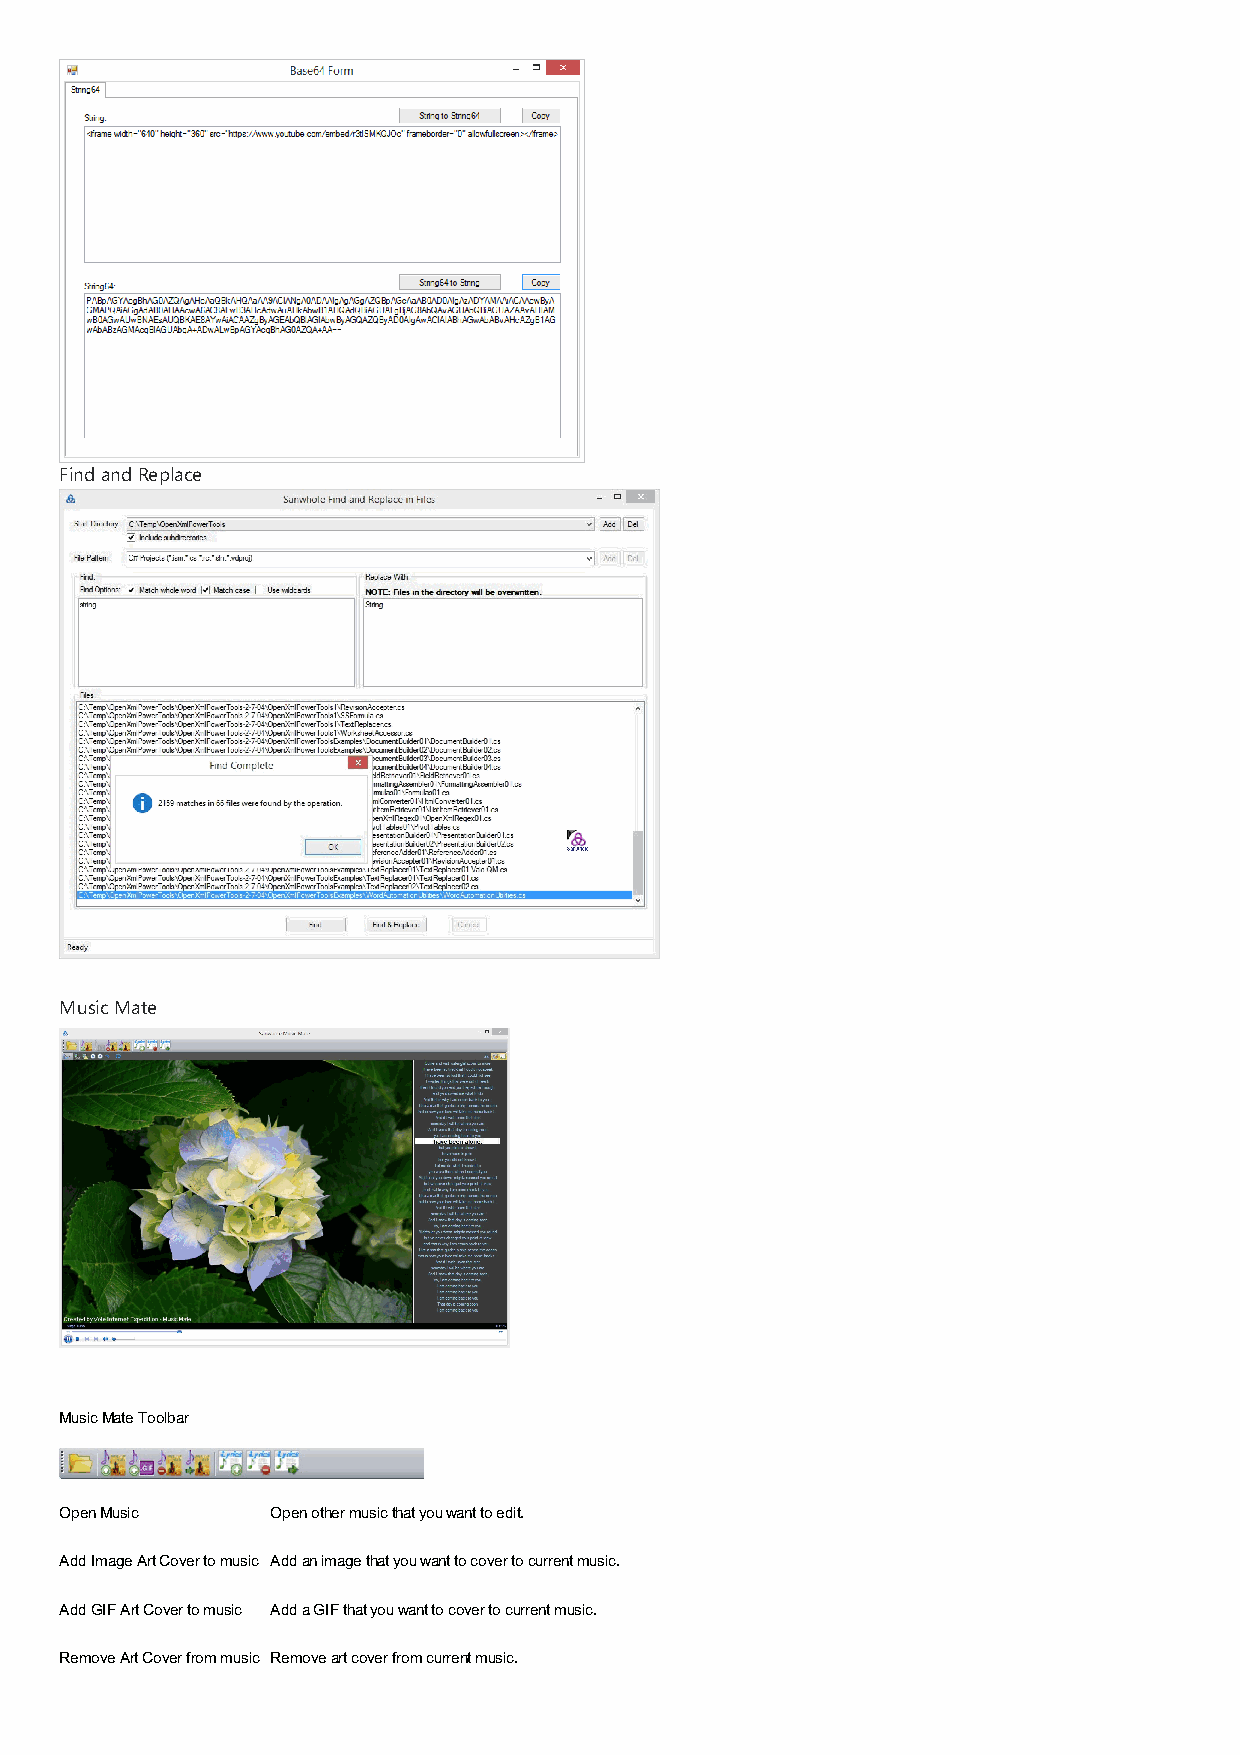
Find and Replace
 Music Mate
 Music Mate Toolbar
 Open Music    Open other music that you want to edit.
 Add Image Art Cover to music Add an image that you want to cover to current music.
 Add GIF Art Cover to music Add a GIF that you want to cover to current music.
 Remove Art Cover from music Remove art cover from current music.